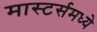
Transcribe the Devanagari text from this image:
मास्टर्समध्ये